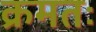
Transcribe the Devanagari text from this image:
क्रमतः